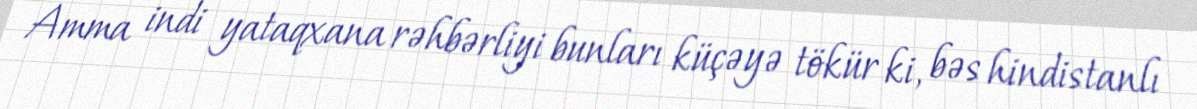
Amma indi yataqxana rəhbərliyi bunları küçəyə tökür ki, bəs hindistanlı